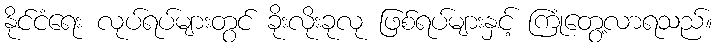
နိုင်ငံရေး လုပ်ရပ်များတွင် ခိုးလိုးခုလု ဖြစ်ရပ်များနှင့် ကြုံတွေ့လာရသည်။